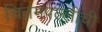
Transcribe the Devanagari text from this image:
चितमपल्लींची